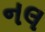
નલ